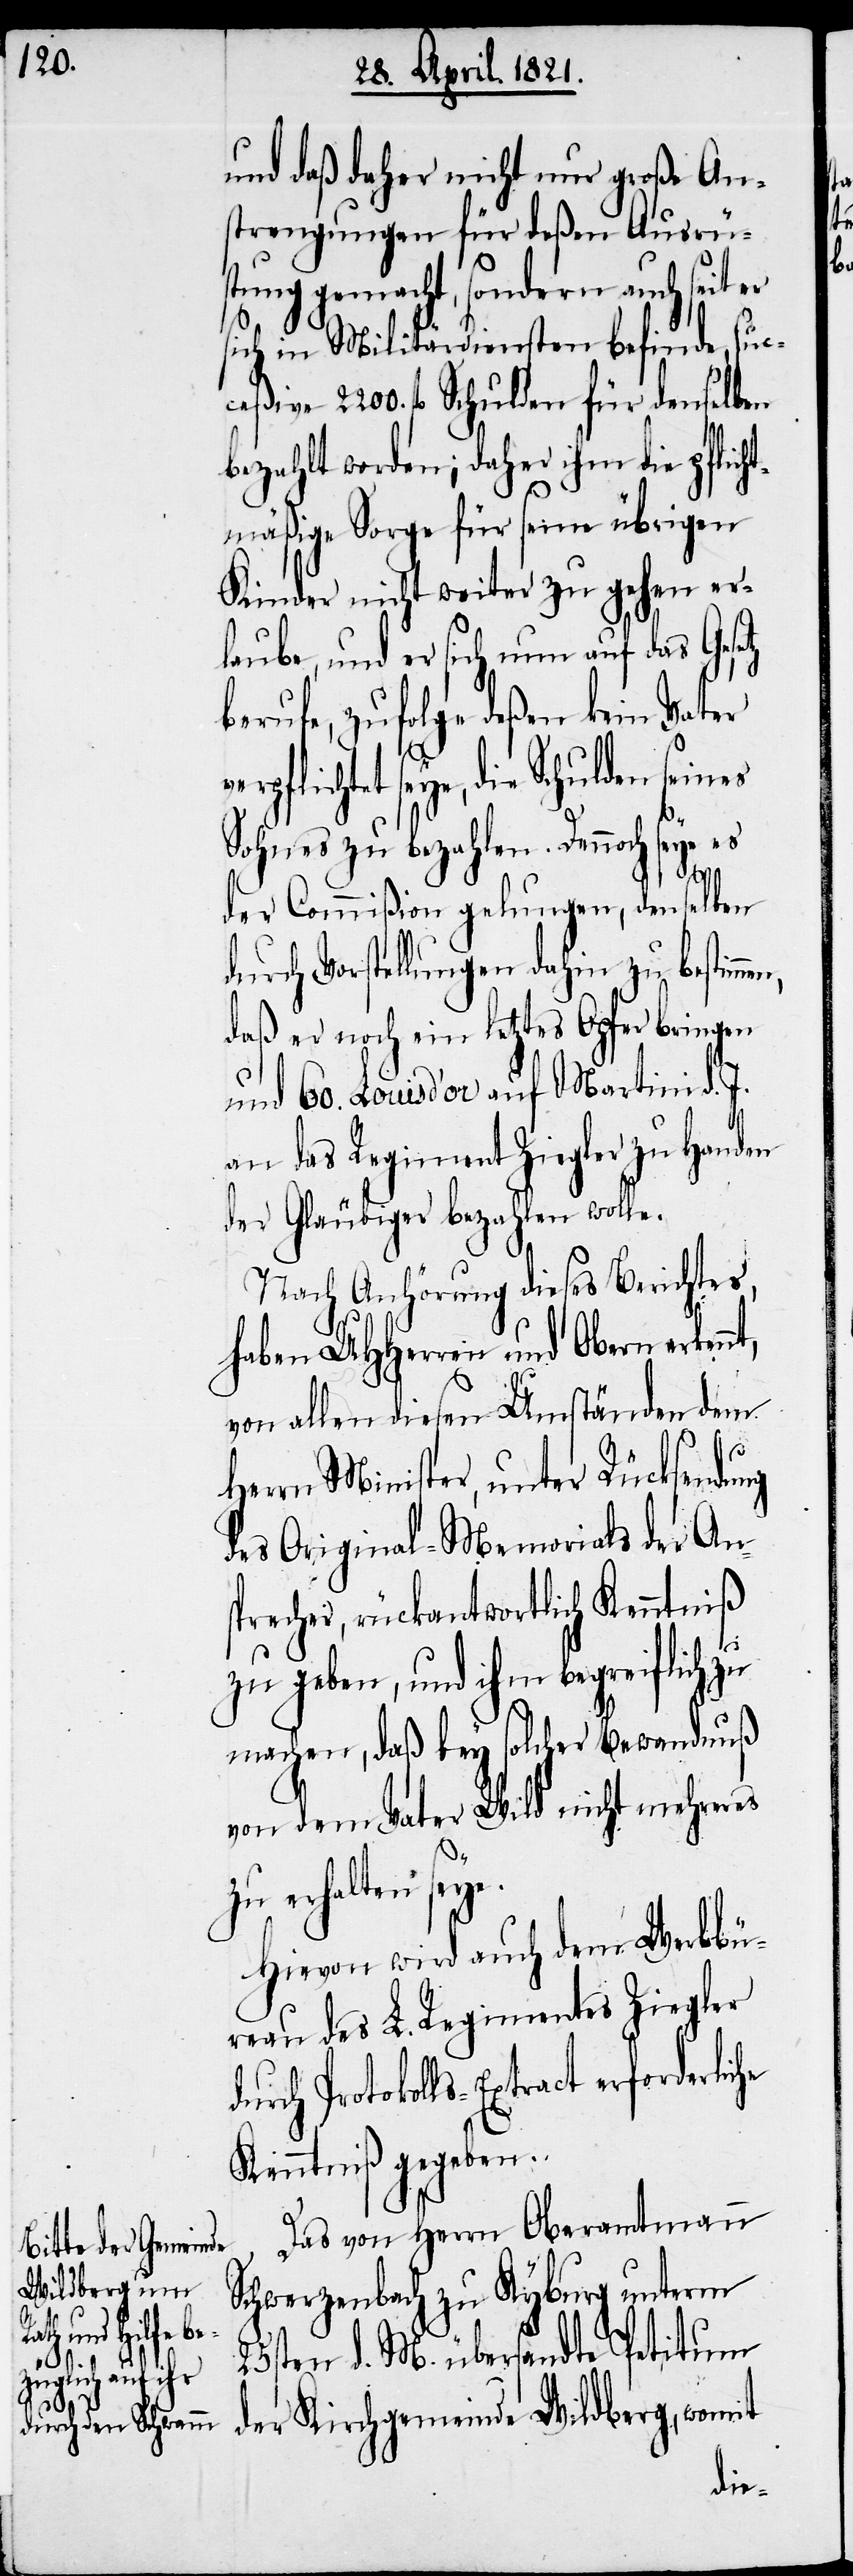
und daß daher nicht nur große An¬
strengungen für deßen Ausrüs¬
tung gemacht, sondern auch seit er
sich in Militärdiensten befinde, suc¬
ve 2200. fl. Schulden für denselben
bezahlt worden; daher ihm die pflich¬
tmäßige Sorge für seine übrigen
Kinder nicht weiter zu gehen er¬
laube, und er sich nun auf das Gesetz
berufe, zufolge deßen kein Vater
rpflichtet seye, die Schulden
Sohnes zu bezahlen. Dennoch seye es
der Commißion gelungen, denselben
durch Vorstellung dahin zu bestim¬
daß er noch ein letztes Opfer bringen
und 60. Louis d’or auf Martini d. J.
an das Regiment Ziegler zu Handen
der Gläubiger bezahlen wolle.
Nach Anhörung dieses Berichtes,
haben UHHerren und Obern erken¬
von allen diesen Umständen dem
ceßi¬
Herrn Minister, unter Rücksendung
des Original-Memorials der An¬
sprecher, rückantwortlich Kenntniß
nt,
zu geben, und ihm begreiflich zu
machen, daß bey solcher Bewandnuß
von dem Vater Wild nicht mehreres
zu erhalten seye.
Hievon wird auch dem Werbbü¬
reau des L. Regimentes Ziegler
durch Protokolls-Extract erforderliche
Kenntniß gegeben.
Das von Herrn Oberamtmann
Schwerzenbach zu Kyburg unterm
25sten d. M. übersandte Petitum
der Kirchgemeinde Wildberg, womit